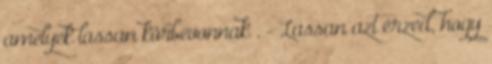
amelyek lassan körbevonnak . - Lassan azt érzed, hogy